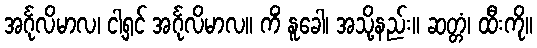
အင်္ဂုလိမာလ၊ ငါ့ရှင် အင်္ဂုလိမာလ။ ကိံ နူခေါ၊ အသို့နည်း။ ဆတ္တံ၊ ထီးကို။